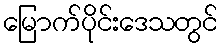
မြောက်ပိုင်းဒေသတွင်